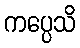
ကပ္ပေသိ